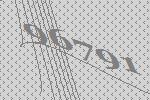
96791